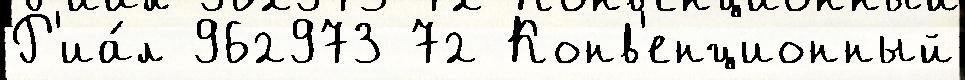
Р'иа́л 962973 72 Конв'енционный